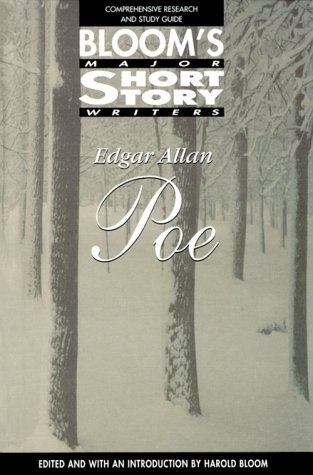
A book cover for Edgar Allan Poe (Bloom's Major Short Story Writers); Teen & Young Adult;